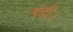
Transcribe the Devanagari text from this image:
डंडी।